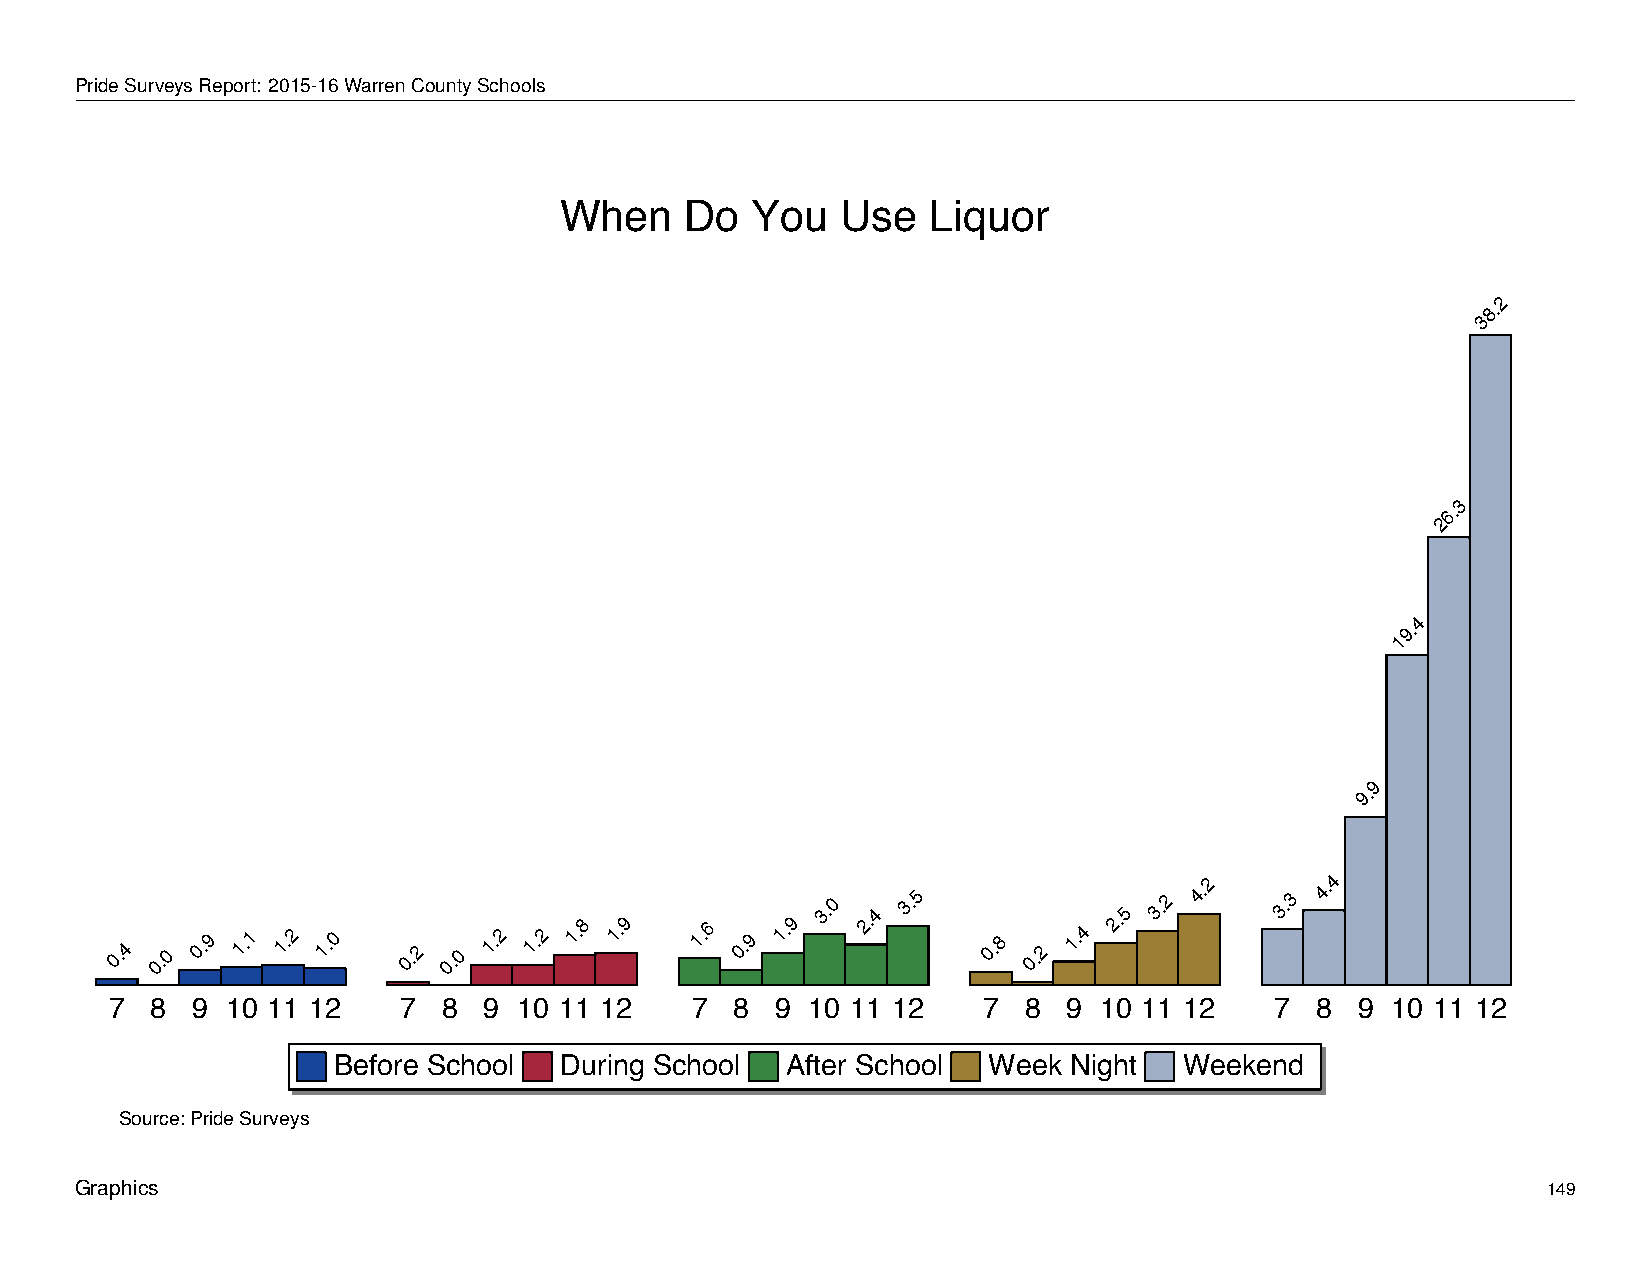
When         Do     You       Use      Liquor
 PrideSurveysReport: 2015-16WarrenCountySchools
 When    Do   You   Use  Liquor
 2
 8.
 3
 3
 6.
 2
 4
 9.
 1
 9
 9.
 0.4 0.0
 0.9 1.1 1.2 1.0
 0.2 0.0
 1.2 1.2 1.8 1.9 1.6 0.9 1.9
 3.0
 2.4
 3.5
 0.8
 0.2
 1.4
 2.5
 3.2
 4.2
 3.3
 4.4
 7  8  9 10 11 12   7  8  9 10 11 12    7  8 9 10 11 12    7  8  9 10 11 12   7  8  9 10 11 12
 Before School  During School  After School Week  Night  Weekend
 Source: Pride Surveys
 Graphics                                                                                         149